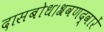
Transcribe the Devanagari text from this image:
दासबोध।श्रवणद्वारें